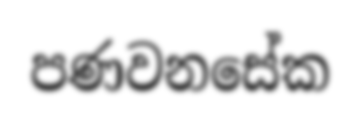
පණවනසේක